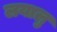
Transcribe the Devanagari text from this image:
लयालु